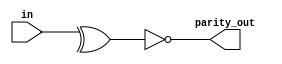
module parity_generator(input [7:0]in,output parity_out);
  wire w1;
  assign w1 = ^in; 
  assign parity_out = ~w1;
endmodule